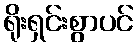
ရိုးရှင်းစွာပင်